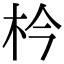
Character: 枔